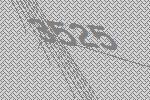
3525